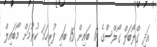
އަދި ގްލޯބަލް ގޯލްސްގެ 17 ބައިން 15 ބައި ފުރިހަމަ ކުރުމަށް މޯބައިލް